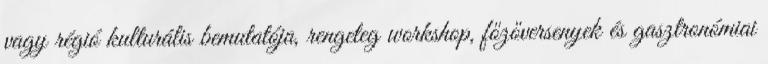
vagy régió kulturális bemutatója, rengeteg workshop, főzőversenyek és gasztronómiai